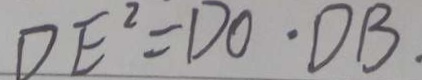
D E ^ { 2 } = D O \cdot D B .